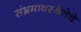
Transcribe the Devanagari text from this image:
संभ्रमावस्थेतेचे